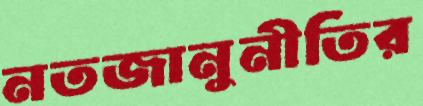
নতজানুনীতির